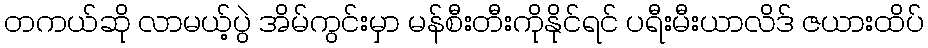
တကယ်ဆို လာမယ့်ပွဲ အိမ်ကွင်းမှာ မန်စီးတီးကိုနိုင်ရင် ပရီးမီးယာလိဒ် ဇယားထိပ်